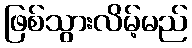
ဖြစ်သွားလိမ့်မည်